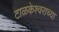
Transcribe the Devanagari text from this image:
टाळकेश्वराच्या